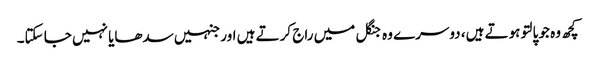
کچھ وہ جو پالتو ہوتے ہیں، دوسرے وہ جنگل میں راج کرتے ہیں اور جنہیں سدھایا نہیں جا سکتا۔